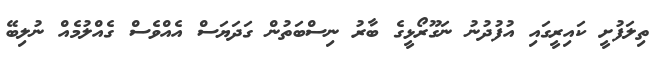
ތިލަފުށީ ކައިރީގައި އުފުދުނު ނަގޫރޯޅީގެ ބާރު ނިސްބަތުން ގަދަޔަސް އެއްވެސް ގެއްލުމެއް ނުލިބޭ